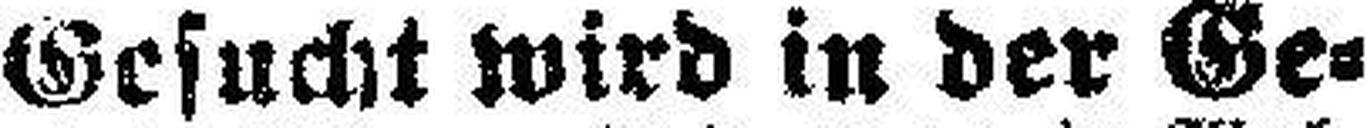
Gesucht wird in der Ge¬